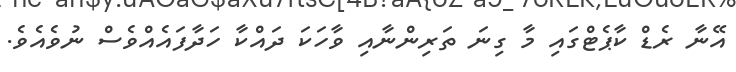
އޭނާ ރެޑް ކާޕެޓްގައި މާ ގިނަ ތަރިންނާއި ވާހަކަ ދައްކާ ހަދާފައެއްވެސް ނުވެއެވެ.